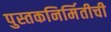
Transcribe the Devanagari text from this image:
पुस्तकनिर्मितीची